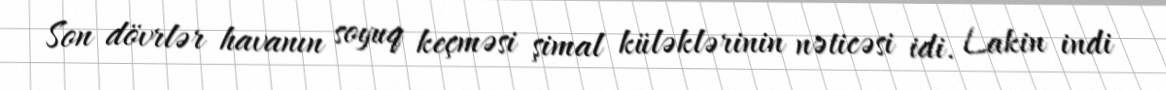
Son dövrlər havanın soyuq keçməsi şimal küləklərinin nəticəsi idi. Lakin indi